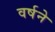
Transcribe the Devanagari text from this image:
वर्षने